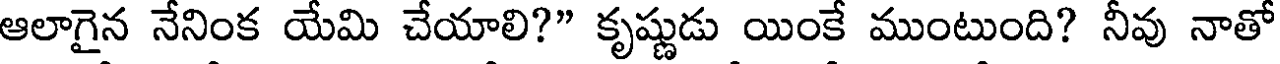
ఆలాగైన నేనింక యేమి చేయాలి?" కృష్ణుడు యింకే ముంటుంది? నీవు నాతో